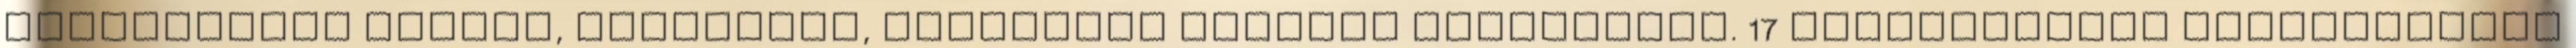
stabilitási indexe, betegségi, hiányzási arányok vizsgálata. 17 Felhasználói elégedettség